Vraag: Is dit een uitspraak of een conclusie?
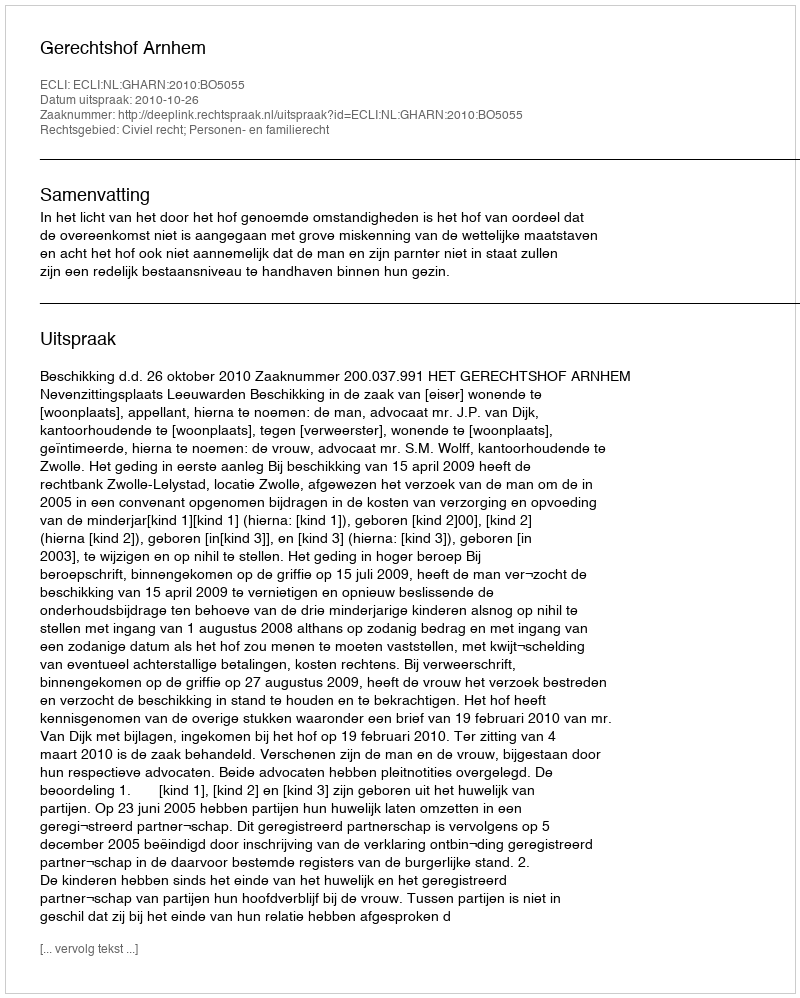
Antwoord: Uitspraak